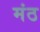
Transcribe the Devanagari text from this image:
मंठ